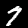
Digit: 7